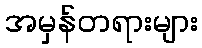
အမှန်တရားများ